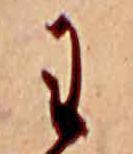
わ